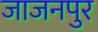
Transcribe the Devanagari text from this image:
जाजनपुर